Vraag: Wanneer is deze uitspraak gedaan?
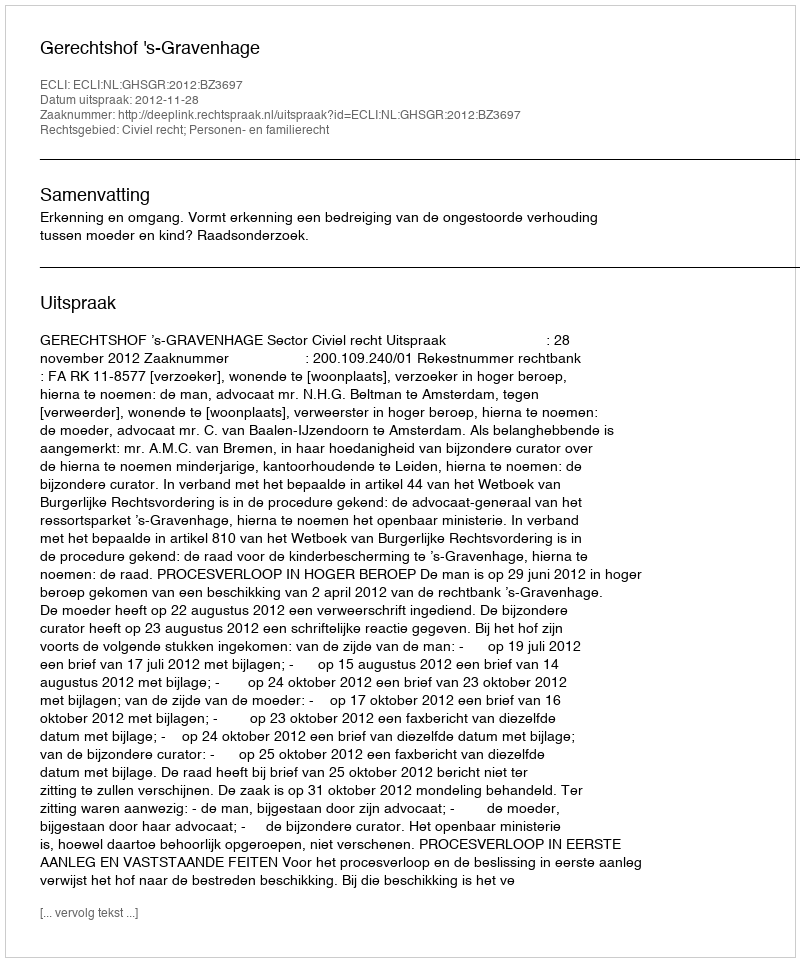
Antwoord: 2012-11-28